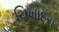
ચિખોદરા